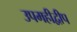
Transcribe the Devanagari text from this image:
उपमहीद्वीप